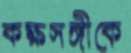
কক্ষসঙ্গীকে